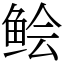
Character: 鲙